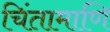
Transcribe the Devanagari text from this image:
चिंतामाणि